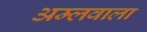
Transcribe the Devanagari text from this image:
अम्लवाला